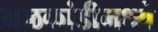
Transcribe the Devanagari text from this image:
नळकांडीमध्ये